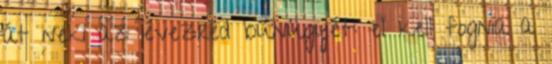
át neki az évezred bűnügyét: el kell fognia a